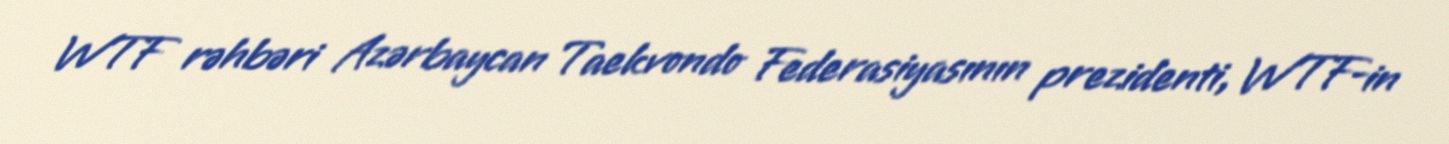
WTF rəhbəri Azərbaycan Taekvondo Federasiyasının prezidenti, WTF-in